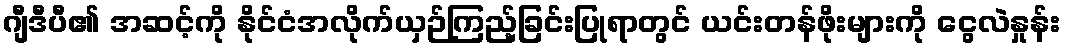
ဂျီဒီပီ၏ အဆင့်ကို နိုင်ငံအလိုက်ယှဉ်ကြည့်ခြင်းပြုရာတွင် ယင်းတန်ဖိုးများကို ငွေလဲနှုန်း